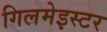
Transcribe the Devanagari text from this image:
गिलमेइस्टर